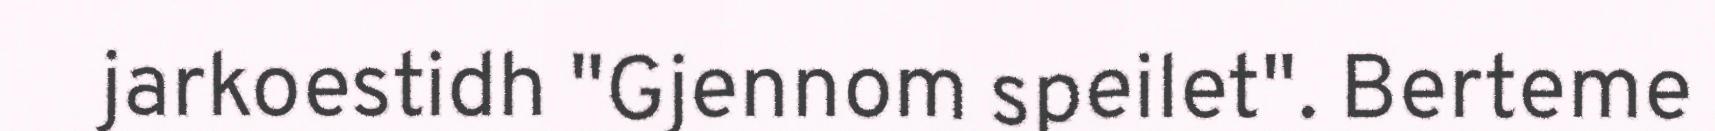
jarkoestidh "Gjennom speilet". Berteme